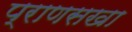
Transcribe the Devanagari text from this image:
प्राणसखा